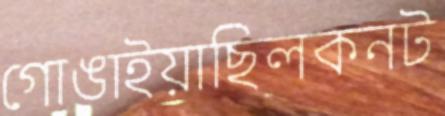
গোঙাইয়াছিলকনট